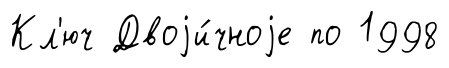
Кл'юч Двоjи́чноjе по 1998